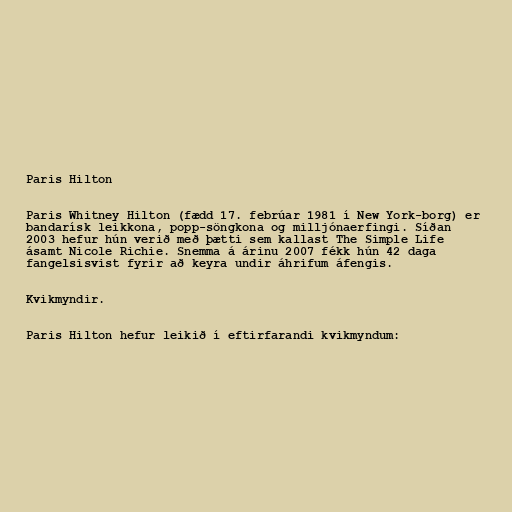
Paris Hilton

Paris Whitney Hilton (fædd 17. febrúar 1981 í New York-borg) er
bandarísk leikkona, popp-söngkona og milljónaerfingi. Síðan
2003 hefur hún verið með þætti sem kallast The Simple Life
ásamt Nicole Richie. Snemma á árinu 2007 fékk hún 42 daga
fangelsisvist fyrir að keyra undir áhrifum áfengis.

Kvikmyndir.

Paris Hilton hefur leikið í eftirfarandi kvikmyndum: